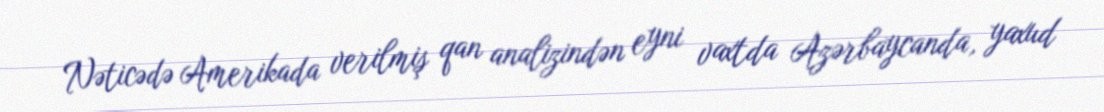
Nəticədə Amerikada verilmiş qan analizindən eyni vaxtda Azərbaycanda, yaxud